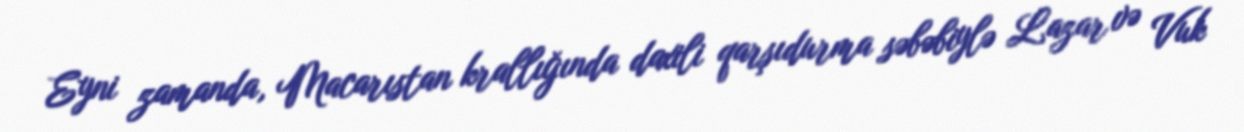
Eyni zamanda, Macarıstan krallığında daxili qarşıdurma səbəbiylə Lazar və Vuk